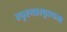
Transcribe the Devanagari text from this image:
स्पृश्यास्पृश्यता